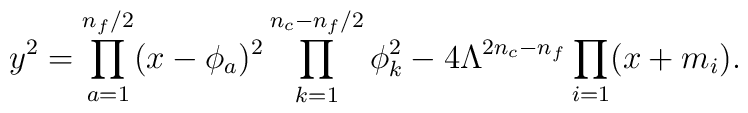
y^2 = \prod_{a=1}^{n_f/2} (x-\phi_a)^2    \prod_{k=1}^{n_c-n_f/2} \phi_k^2    - 4 \Lambda^{2n_c-n_f} \prod_{i=1} (x+m_i).